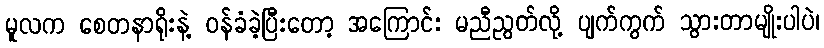
မူလက စေတနာရိုးနဲ့ ဝန်ခံခဲ့ပြီးတော့ အကြောင်း မညီညွတ်လို့ ပျက်ကွက် သွားတာမျိုးပါပဲ၊